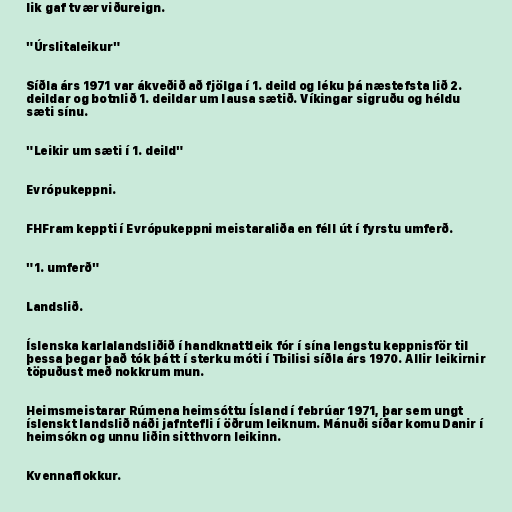
lik gaf tvær viðureign.

"Úrslitaleikur"

Síðla árs 1971 var ákveðið að fjölga í 1. deild og léku þá næstefsta lið 2.
deildar og botnlið 1. deildar um lausa sætið. Víkingar sigruðu og héldu
sæti sínu.

"Leikir um sæti í 1. deild"

Evrópukeppni.

FHFram keppti í Evrópukeppni meistaraliða en féll út í fyrstu umferð.

"1. umferð"

Landslið.

Íslenska karlalandsliðið í handknattleik fór í sína lengstu keppnisför til
þessa þegar það tók þátt í sterku móti í Tbilisi síðla árs 1970. Allir leikirnir
töpuðust með nokkrum mun.

Heimsmeistarar Rúmena heimsóttu Ísland í febrúar 1971, þar sem ungt
íslenskt landslið náði jafntefli í öðrum leiknum. Mánuði síðar komu Danir í
heimsókn og unnu liðin sitthvorn leikinn.

Kvennaflokkur.